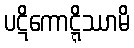
ပဋိကောဋ္ဋိဿာမိ